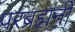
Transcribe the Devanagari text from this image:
परब्रह्मनी